Leaving Certificate Examination (including Day School Certificate (Higher) General paper), 1937
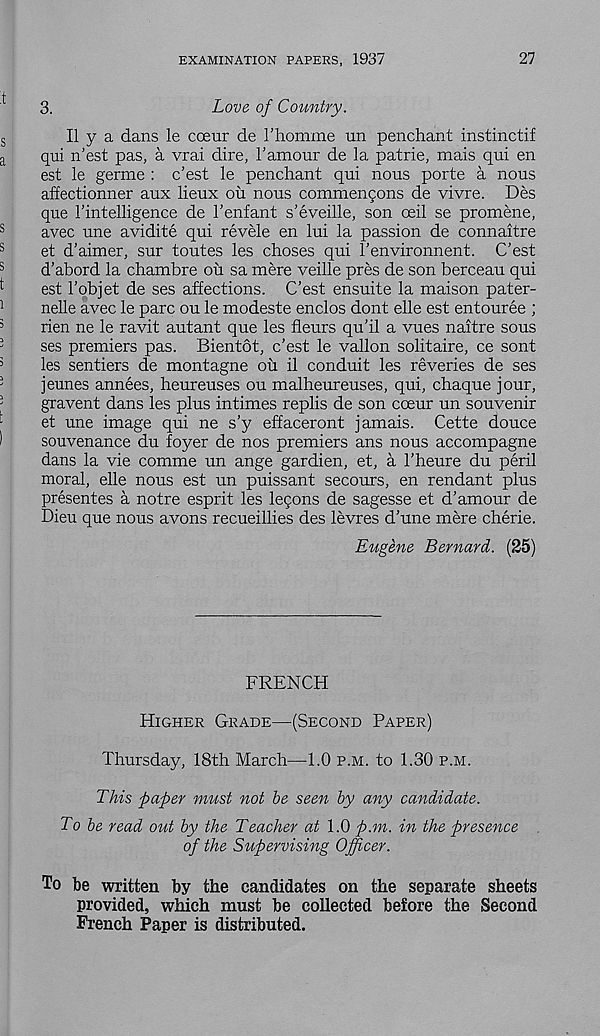
EXAMINATION PAPERS, 1937
27
3.
Love of Country.
II y a dans le coeur de Fhomme un penchant instinctif
qui n’est pas, a vrai dire, I’amour de la patrie, mais qui en
est le germe : c’est le penchant qui nous porte a nous
affectionner aux lieux ou nous commenqons de vivre. Des
que I’intelligence de 1’enfant s’eveille, son ceil se promene,
avec une avidite qui revele en lui la passion de connaitre
et d’aimer, sur toutes les choses qui 1’environnent. C’est
d'abord la chambre oh sa mere veille pres de son berceau qui
est 1’objet de ses affections. C’est ensuite la maison pater-
nelle avec le pare ou le modeste enclos dont elle est entouree ;
rien ne le ravit autant que les fleurs qu’il a vues naitre sous
ses premiers pas. Bientot, c’est le vallon solitaire, ce sont
les sentiers de montagne ou il conduit les reveries de ses
jeunes annees, heureuses ou malheureuses, qui, chaque jour,
graven! dans les plus intimes replis de son coeur un souvenir
et une image qui ne s’y effaceront jamais. Cette douce
souvenance du foyer de nos premiers ans nous accompagne
dans la vie comme un ange gardien, et, a 1’heure du peril
moral, elle nous est un puissant secours, en rendant plus
presentes a notre esprit les legons de sagesse et d’amour de
Dieu que nous avons recueillies des levres d’une mere cherie.
Eugene Bernard. (25)
FRENCH
HIGHER GRADE—(SECOND PAPER)
Thursday, 18th March—1.0 P.M. to 1.30 P.M.
This paper must not be seen by any candidate.
To be read out by the Teacher at 1.0 p.m. in the presence
of the Supervising Officer.
To be written by the candidates on the separate sheets
provided, which must be collected before the Second
French Paper is distributed.